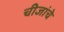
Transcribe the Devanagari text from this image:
चीजांचे